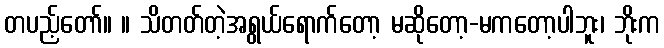
တပည့်တော်။ ။ သိတတ်တဲ့အရွယ်ရောက်တော့ မဆိုတော့-မကတော့ပါဘူး၊ ဘိုးက